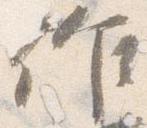
作